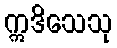
ဣဒိသေသု